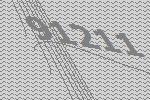
91211